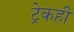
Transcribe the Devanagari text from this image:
ट्रेकही